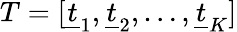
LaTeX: T=[\underline{{t}}_{1},\underline{{t}}_{2},\dots,\underline{{t}}_{K}]